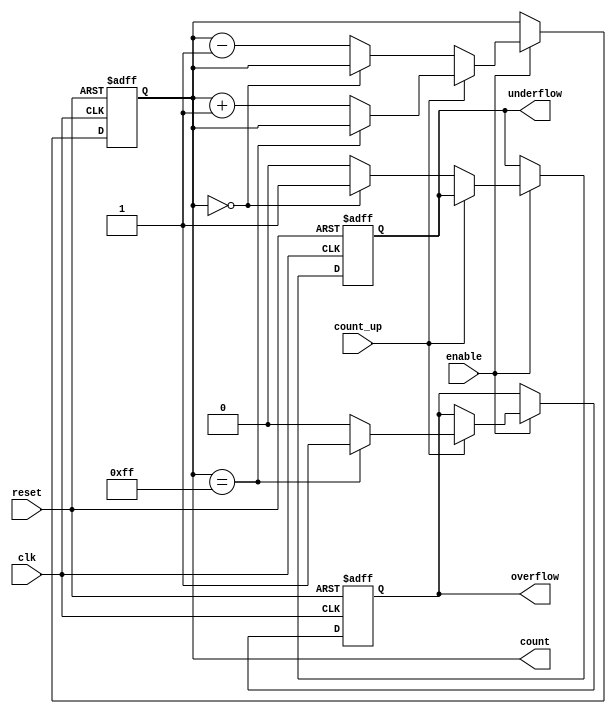
module MemoryBlocksBinaryCounter #(
    parameter BIT_WIDTH = 8 // Configurable bit width (e.g., 4, 8)
)(
    input wire clk,
    input wire reset,
    input wire enable,
    input wire count_up, // Count direction: 1 for up, 0 for down
    output reg [BIT_WIDTH-1:0] count, // Current count value
    output reg overflow, // Overflow flag
    output reg underflow // Underflow flag
);

    // Initialize the count and flags
    initial begin
        count = 0;
        overflow = 0;
        underflow = 0;
    end

    // Always block triggered on the clock edge
    always @(posedge clk or posedge reset) begin
        if (reset) begin
            // Reset the count and flags
            count <= 0;
            overflow <= 0;
            underflow <= 0;
        end else if (enable) begin
            // Check counting direction
            if (count_up) begin
                if (count == (1 << BIT_WIDTH) - 1) begin // Maximum value
                    overflow <= 1; // Set overflow flag
                end else begin
                    count <= count + 1; // Increment count
                    overflow <= 0; // Clear overflow flag
                end
            end else begin
                if (count == 0) begin // Minimum value
                    underflow <= 1; // Set underflow flag
                end else begin
                    count <= count - 1; // Decrement count
                    underflow <= 0; // Clear underflow flag
                end
            end
        end
    end

endmodule